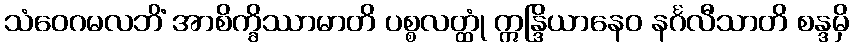
သံဝေဂမလဘိံ အာစိက္ခိဿာမာတိ ပစ္စလတ္ထုံ ဣန္ဒြိယာနေဝ နင်္ဂလီသာတိ စန္ဒမှိ